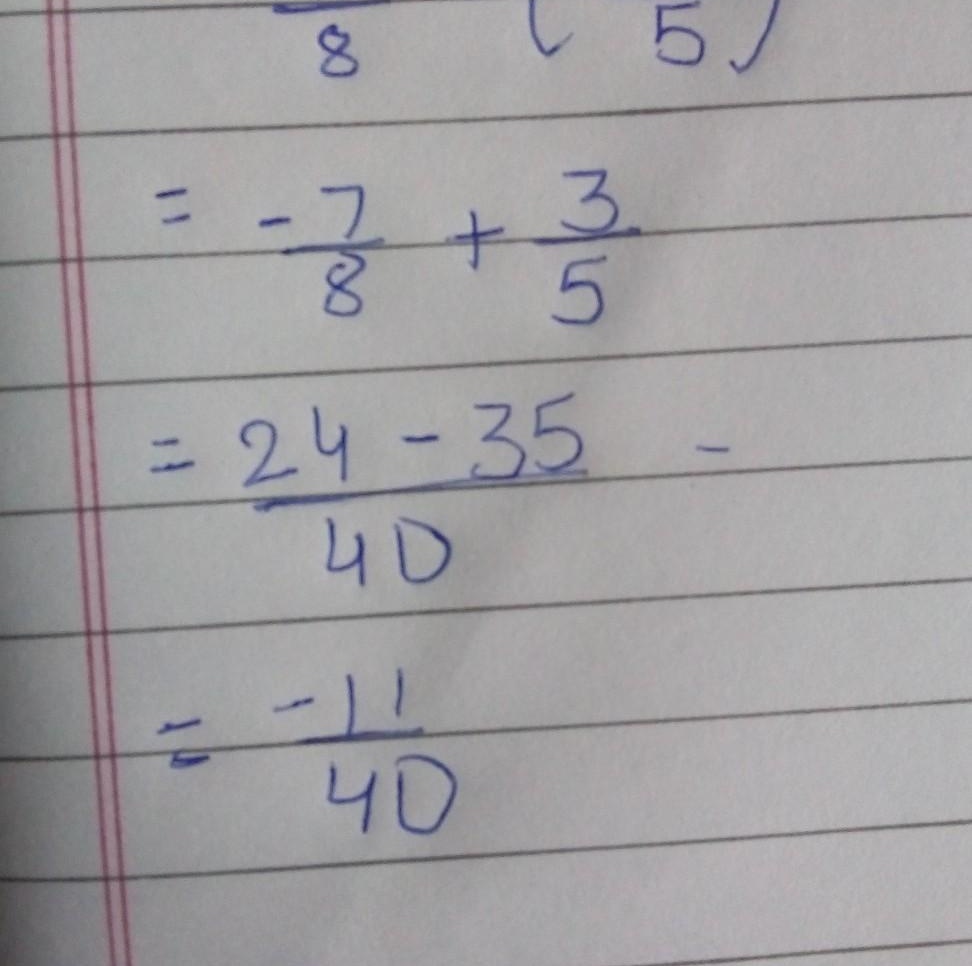
计算过程如下：
\[
\begin{align*}
&-\frac{7}{8}+\frac{3}{5}\\
=&\frac{24 - 35}{40}\\
=&-\frac{11}{40}
\end{align*}
\]